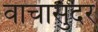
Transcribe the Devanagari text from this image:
वाचासुंदर